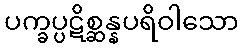
ပက္ခပ္ပဋိစ္ဆန္နပရိဝါသော